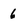
Character: 6